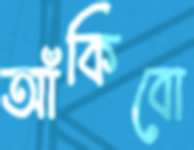
আঁকিবো